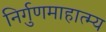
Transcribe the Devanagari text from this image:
निर्गुणमाहात्म्य